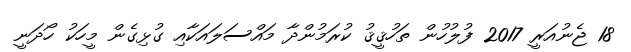
18 ޖެނުއަރީ 2017 ފުލުހުން ތަހުޤީޤު ކުރަމުންދާ މައްސަލައަކާއި ގުޅިގެން މީހަކު ހޯދަނީ